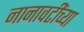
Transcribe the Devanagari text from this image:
नानावटींच्या